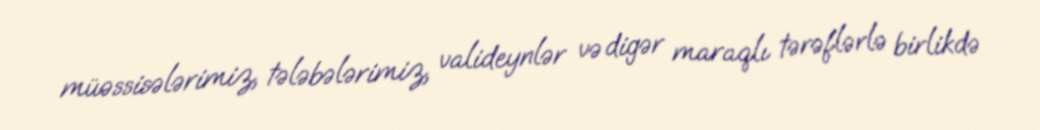
müəssisələrimiz, tələbələrimiz, valideynlər və digər maraqlı tərəflərlə birlikdə